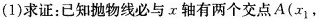
(1)求证：已知抛物线必与x轴有两个交点A(x_{1}，